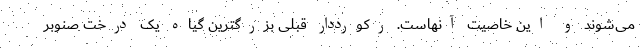
می‌شوند و این خاصیت آنهاست. رکورددار قبلی بزرگترین گیاه یک درخت صنوبر